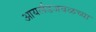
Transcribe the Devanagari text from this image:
आयर्लंडजवळच्या